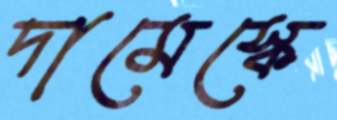
দামেস্কে